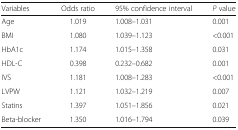
<table><thead><tr><td><b>Variables</b></td><td><b>Odds ratio</b></td><td><b>95% confidence interval</b></td><td><b><i>P</i> value</b></td></tr></thead><tbody><tr><td>Age</td><td>1.019</td><td>1.008–1.031</td><td>0.001</td></tr><tr><td>BMI</td><td>1.080</td><td>1.039–1.123</td><td>&lt;0.001</td></tr><tr><td>HbA1c</td><td>1.174</td><td>1.015–1.358</td><td>0.031</td></tr><tr><td>HDL-C</td><td>0.398</td><td>0.232–0.682</td><td>0.001</td></tr><tr><td>IVS</td><td>1.181</td><td>1.008–1.283</td><td>&lt;0.001</td></tr><tr><td>LVPW</td><td>1.121</td><td>1.032–1.219</td><td>0.007</td></tr><tr><td>Statins</td><td>1.397</td><td>1.051–1.856</td><td>0.021</td></tr><tr><td>Beta-blocker</td><td>1.350</td><td>1.016–1.794</td><td>0.039</td></tr></tbody></table>